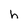
Character: h